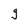
Character: g